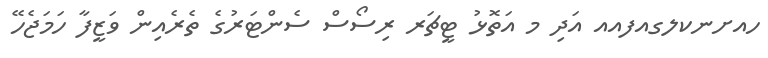
ހއށނކލގއފއއ އަދި މ އަތޮޅު ޓީޗަރ ރިސޯސް ސެންޓަރުގެ ތެރެއިން ވަޒީފާ ހަމަޖެހޭ